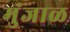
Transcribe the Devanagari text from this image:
मुंजाळ